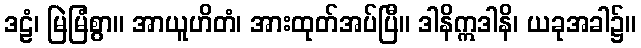
ဒဠံ၊ မြဲမြံစွာ။ အာယူဟိတံ၊ အားထုတ်အပ်ပြီ။ ဒါနိဣဒါနိ၊ ယခုအခါ၌။